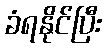
ခံရနိုင်ပြီး